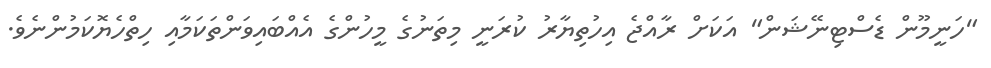
"ހަނީމޫން ޑެސްޓިނޭޝަން" އަކަށް ރާއްޖެ އިހުތިޔާރު ކުރަނީ މިތަނުގެ މީހުންގެ އެއްބައިވަންތަކަމާއި ހިތްހެޔޮކަމުންނެވެ.